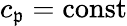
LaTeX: c_{\mathfrak{p}}=\mathrm{{const}}